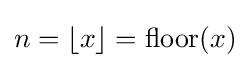
n=\lfloor x\rfloor =\operatorname {floor} (x)